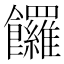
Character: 饠